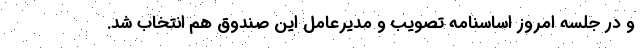
و در جلسه امروز اساسنامه تصویب و مدیرعامل این صندوق هم انتخاب شد.